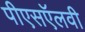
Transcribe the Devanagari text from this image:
पीएसऍलवी